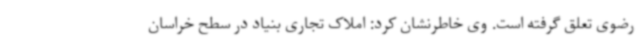
رضوی تعلق گرفته است. وی خاطرنشان کرد: املاک تجاری بنیاد در سطح خراسان